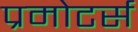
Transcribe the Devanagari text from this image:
प्रमोटर्स